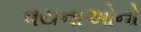
વયનાઓનો